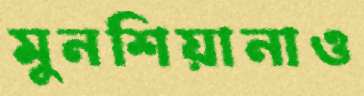
মুনশিয়ানাও